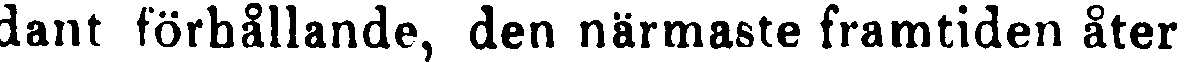
dant förhållande, den närmaste framtiden åter